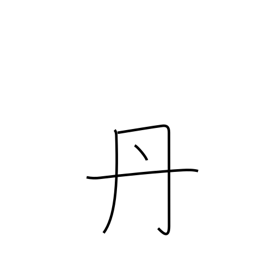
Meaning: rust-colored